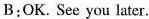
B:OK.See you later.